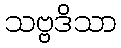
သဗ္ဗဒိသာ